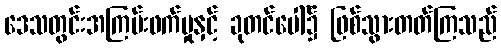
ဒေသတွင်းအကြမ်းဖက်မှုနှင့် ခုတင်ပေါ်၌ ဖြစ်သွားတတ်ကြသည်